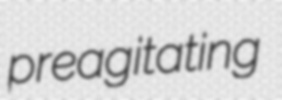
preagitating